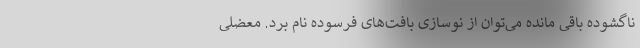
ناگشوده باقی‌ مانده می‌توان از نوسازی بافت‌های فرسوده نام برد. معضلی